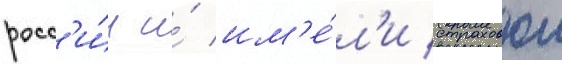
росс'и́и и́ им'е́л'и страховои